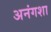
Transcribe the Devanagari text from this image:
अनंगशा